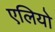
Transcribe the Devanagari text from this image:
एलियो